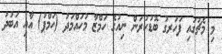
މި މެޗުގައި ފަހަރގު ބޮޑުކުރަން ނިއުގެ ހަމްޒާ މުހައްމަދު (ހަމްޕު) އާއި އަބުދު